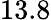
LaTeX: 13.8